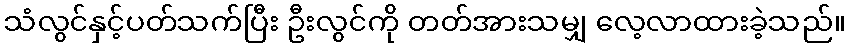
သံလွင်နှင့်ပတ်သက်ပြီး ဦးလွင်ကို တတ်အားသမျှ လေ့လာထားခဲ့သည်။